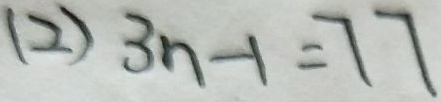
( 2 ) 3 n - 1 = 7 7